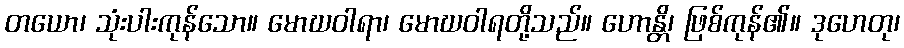
တယော၊ သုံးပါးကုန်သော။ မောဃဝါရာ၊ မောဃဝါရတို့သည်။ ဟောန္တိ၊ ဖြစ်ကုန်၏။ ဒုဟေတု၊